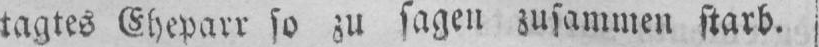
tagtes Eheparr so zu sagen zusammen starb.j